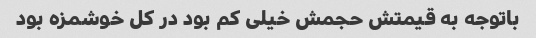
باتوجه به قیمتش حجمش خیلی کم بود در کل خوشمزه بود